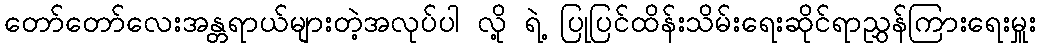
တော်တော်လေးအန္တရာယ်များတဲ့အလုပ်ပါ လို့ ရဲ့ ပြုပြင်ထိန်းသိမ်းရေးဆိုင်ရာညွှန်ကြားရေးမှူး